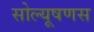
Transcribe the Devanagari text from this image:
सोल्यूषणस